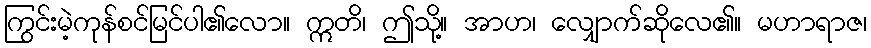
ကြွင်းမဲ့ကုန်စင်မြင်ပါ၏လော။ ဣတိ၊ ဤသို့။ အာဟ၊ လျှောက်ဆိုလေ၏။ မဟာရာဇ၊